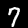
Digit: 7